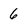
Character: 6